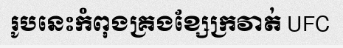
រូបនេះកំពុងគ្រងខ្សែក្រវាត់ UFC